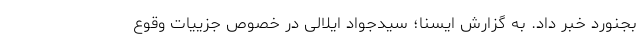
بجنورد خبر داد. به گزارش ایسنا؛ سیدجواد ایلالی در خصوص جزییات وقوع